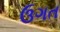
ઉગત